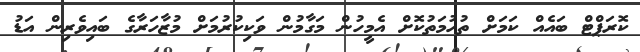
ކޮރަޕްޓް ބައެއް ކަމަށް ތުހުމަތުކޮށް އެމީހުން މަގާމުން ވަކިކުރުމަށް މުޒާހަރާގެ ބައިވެރިން އަޑު